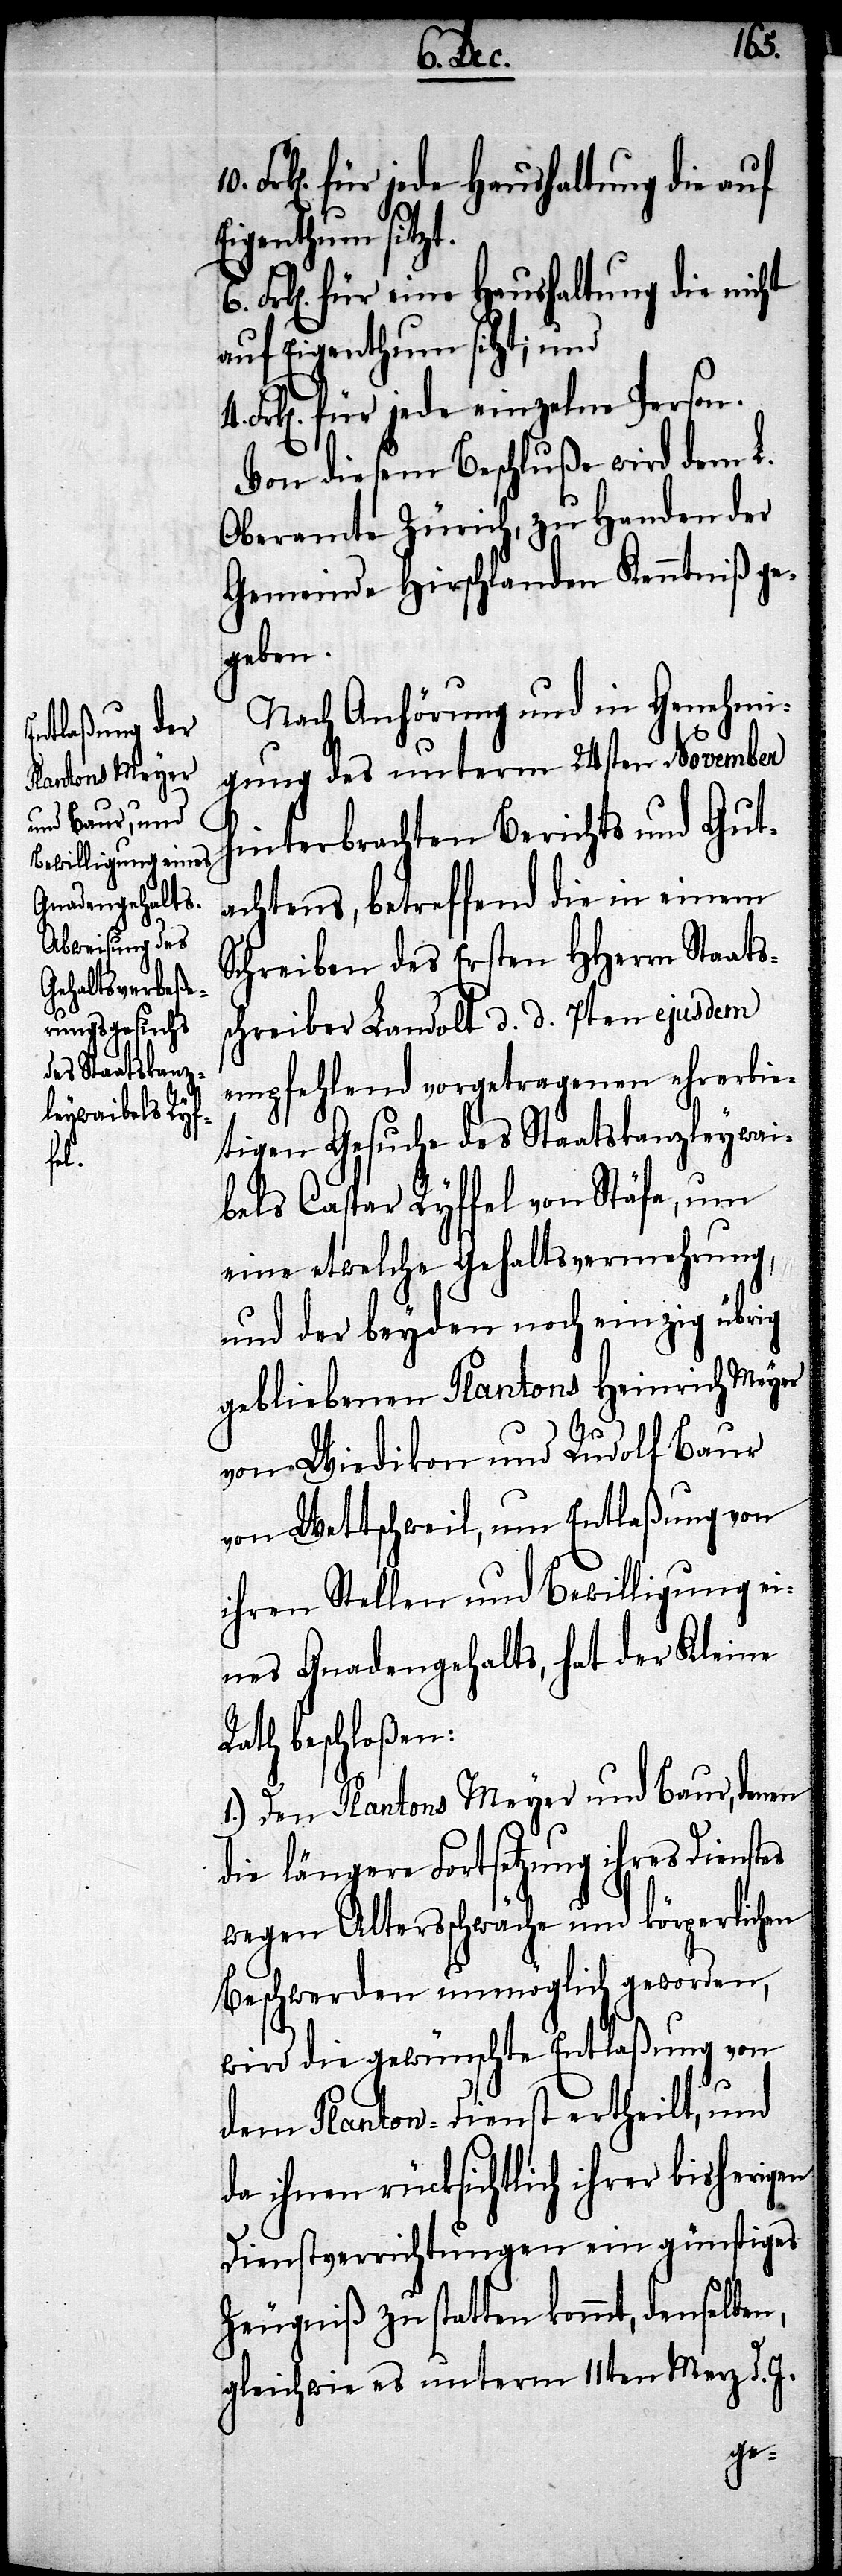
4.

tes
rk[en]. für jede Haushaltung die auf
Eigenthum sitzt.
Frk[en]. für eine Haushaltung die nicht
auf Eigenthum sitzt; und
Frk[en]. für jede einzelne Person.
Von diesem Beschluße wird dem L.
Oberamte Zürich, zu Handen der
Gemeinde Hirschlanden Kenntniß ge¬
geben.
Nach Anhörung und in Genehmi¬
gung des unterm 24sten November
hinterbrachten Berichts und Gut¬
achtens, betreffend die in einem
Schreiben des Ersten HHerrn Staats¬
schreiber Landolt d. d. 7ten ejusdem
empfehlend vorgetragenen ehrerbie¬
tigen Gesuche des Staatskanzleywai¬
bels Caspar Ryffel von Stäfa, um
eine etwelche Gehaltsvermehrung
und der beyden noch einzig übrig
gebliebenen Plantons Heinrich Meyer
von Wiedikon und Rudolf Baur
von Wettschweil, um Entlaßung von
ihren Stellen und Bewilligung ei¬
nes Gnadengehalts, hat der Kleine
Rath beschloßen:
1.) Den Plantons Meyer und Baur, denen
die längere Fortsetzung ihres Diens¬
wegen Altersschwäche und körperlichen
Beschwerden unmöglich geworden,
wird die gewünschte Entlaßung von
dem Planton-Dienst ertheilt, und
da ihnen rücksichtlich ihrer bisherigen
Dienstverrichtungen ein günstiges
Zeugniß zu statten kommt, denselben,
gleichwie es unterm 11ten Merz d. J.